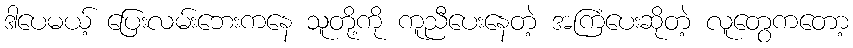
ဒါပေမယ့် ပြေးလမ်းဘေးကနေ သူတို့ကို ကူညီပေးနေတဲ့ အကြံပေးဆိုတဲ့ လူတွေကတော့